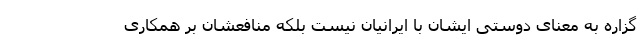
گزاره به معنای دوستی ایشان با ایرانیان نیست بلکه منافعشان بر همکاری